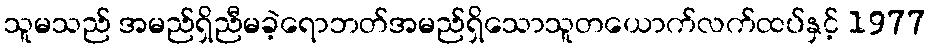
သူမသည် အမည်ရှိညီမခဲ့ရောဘတ်အမည်ရှိသောသူတယောက်လက်ထပ်နှင့် 1977